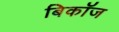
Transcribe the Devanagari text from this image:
बिकॉज